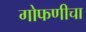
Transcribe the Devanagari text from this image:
गोफणीचा